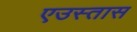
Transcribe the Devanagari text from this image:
एउस्तास